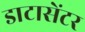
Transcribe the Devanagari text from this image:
डाटासेंटर